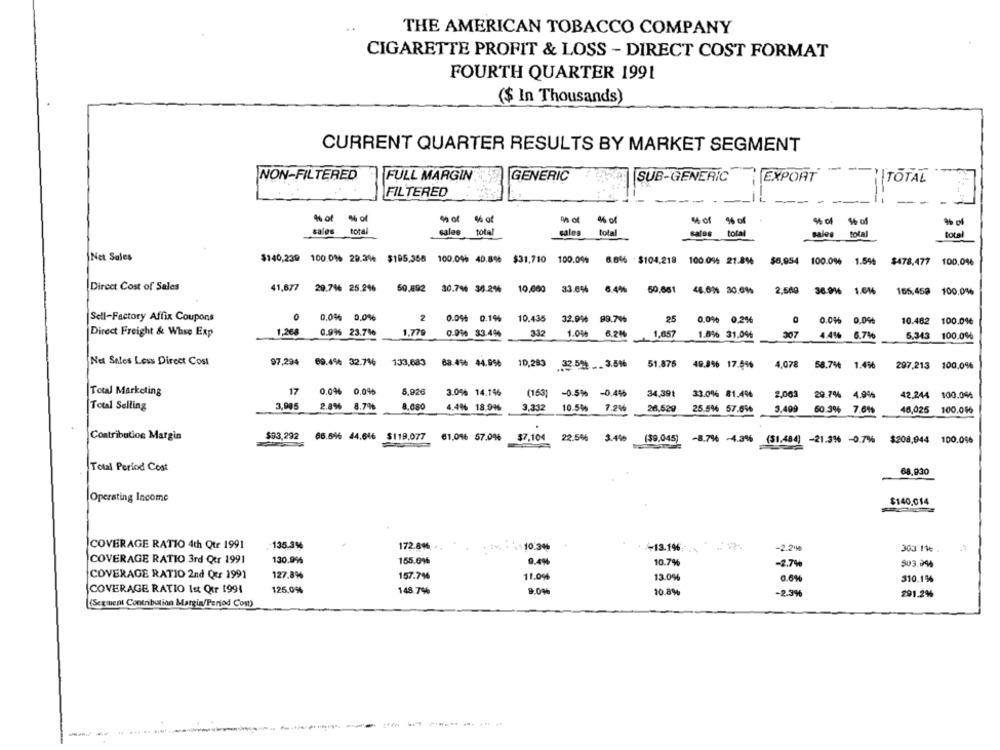
THE AMERICAN TOBACCO COMPANY
CIGARETTE PROFIT & LOSS - DIRECT COST FORMAT
FOURTH QUARTER 1991
($ In Thousands)
CURRENT QUARTER RESULTS BY MARKET SEGMENT
NON-FILTERED
FULL MARGIN
GENERIC
SUB-GENERIC
EXPORT
TOTAL
FILTERED
-
% of
4 of
4% of % of
$6 of $6 af
sales
total
sales
total
sales
total
sales
total
sales
total
total
Net Sales
$140,239 100.01% 29.3% $195,358
100.04% 40.8% $31,710
100.00%
8.0% + $104.218
100.094 21.8%
$8,954 100.0%
1.594
$478,477
100,0%
Direct Cost of Sales
41.677
20.76 25.2%
50,492
30.7% 36.2%
10,000
33.6%
€ 4%
50,001
48.6% 30.0%%
2.500
1.64
165,458 100.0%
0
2
Sell-Factory Affix Coupons
0,0% 0.0%
0.04% 0.1% 10.435 32.99 99.744
25
0,0% 0.2%%
0.04%
0.0%
10.482 100.0%
1.268
LOC
Direct Freight & Whse Exp
0.9%% 23.716
1.77
0.01 33.4%
332
1.0%
6.2M
1,657
1.8% 31.0%
4.4%
6.7%
5.343
100.0%
97,294
Net Sales Less Direct Cost
69.4% 32.714
133,683
63.4% 44.9%
10,283
33.54 .. 3.616
51.875
49.9% 17.4%
4.078
58.7%6 1.456
297.213 100,0%
17
0.04% 0.0%
5,926
Total Marketing
3.0% 14.19%
(153) -0.5% -0.4%
34,391
33.0% 81.4%
2.063
29.7% 4.9%
42.244 100.0%
3,905
2.8%%
8.79%
8.080
Total Selling
4.4% 18,99%
3,332
10.5%% 7.2%
26,529
25.56 57.696
3.499
60.3%
7.6%
46,025 100.046
Contribution Margin
$03,292 66.6% 44.646 $119.077 61.016 57.0% $7,104 22.5% 3.4% ($9,045) -8.7%% -4.3% ($1.484) -21.316 -0.7% $208,944 100,0%
Total Period Cost
68,930
Operating Income
$140.014
COVERAGE RATIO 4th Qtr 1991
135.3%
172.8%
.10:34%
-13.1%
-2.2%
303 11e
COVERAGE RATIO 3rd Qtr 1991
130.9%
155.69%
9.4%
10.7%
-2.7%
$03.994
COVERAGE RATIO 2nd Qur 1991
127.8%
157.7%
11.000
13.0%
0.6%
310.1%
COVERAGE RATIO Ist Our 1991
125.0%
148.7%
9.0%
10.8%%
-2.3%%
291.2%
(Scamlent Contribution Margin/Period Cost)
--
----------